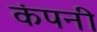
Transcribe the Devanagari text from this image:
कंपनी